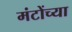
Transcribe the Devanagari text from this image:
मंटोंच्या